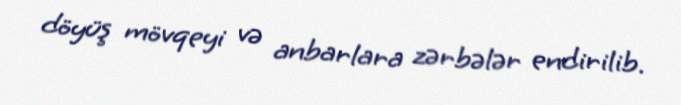
döyüş mövqeyi və anbarlara zərbələr endirilib.